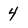
Character: 4